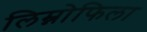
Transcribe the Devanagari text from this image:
लिम्नोफिला